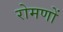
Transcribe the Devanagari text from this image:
रोमणों